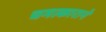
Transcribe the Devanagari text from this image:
चमत्काराने